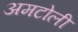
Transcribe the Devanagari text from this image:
अमटोली